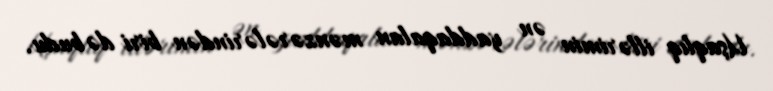
Uşaqlıq illərimin ən yaddaqalan mənzərələrindən biri də budu.